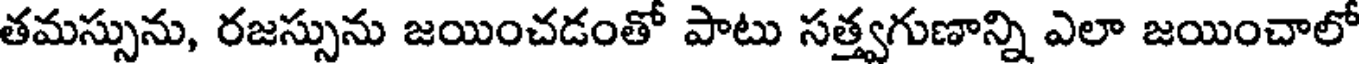
తమస్సును, రజస్సును జయించడంతో పాటు సత్త్వగుణాన్ని ఎలా జయించాలో